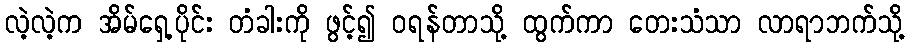
လဲ့လဲ့က အိမ်ရှေ့ပိုင်း တံခါးကို ဖွင့်၍ ဝရန်တာသို့ ထွက်ကာ တေးသံသာ လာရာဘက်သို့